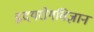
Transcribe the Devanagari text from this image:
हृदयरोगविज्ञान